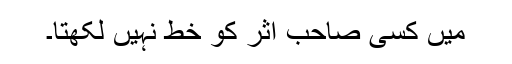
میں کسی صاحبِ اثر کو خط نہیں لکھتا۔